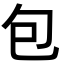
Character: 包